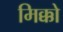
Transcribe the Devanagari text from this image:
मिक्को